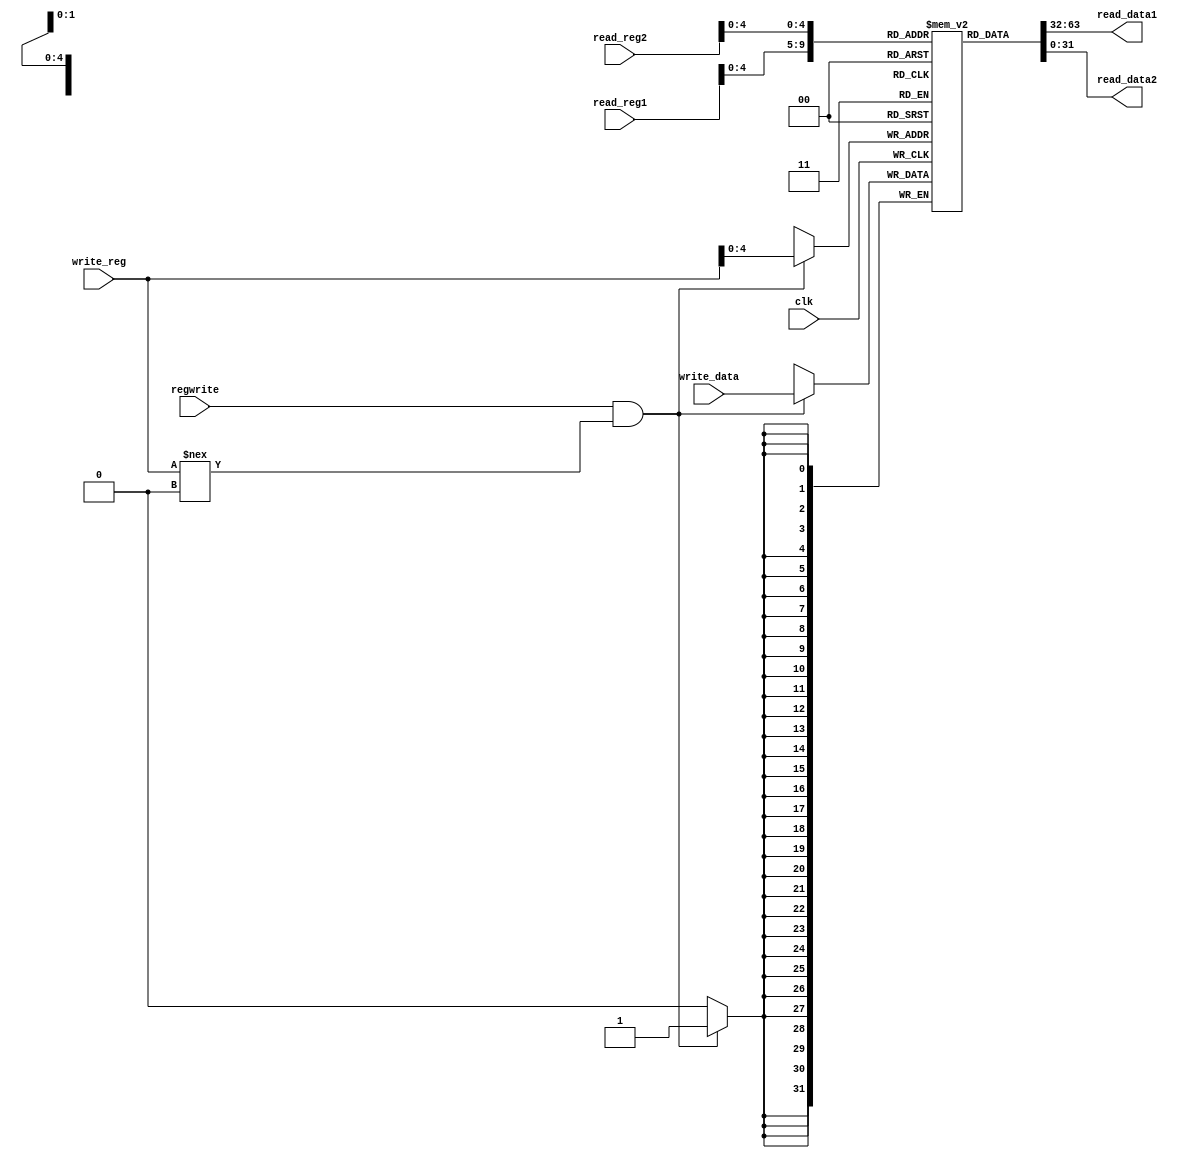
`timescale 1ns / 1ps
//////////////////////////////////////////////////////////////////////////////////
// Company: 
// Engineer: 
// 
// Design Name: 
// Module Name:    registerfile 
// Project Name: 
// Target Devices: 
// Tool versions: 
// Description: 
//
// Dependencies: 
//
// Revision: 
// Revision 0.01 - File Created
// Additional Comments: 
//
//////////////////////////////////////////////////////////////////////////////////
module registerfile(clk,regwrite,read_reg1,read_reg2,write_reg,write_data,read_data1,read_data2);
	input clk;
	input regwrite;
	input [5:0]read_reg1;
	input [5:0]read_reg2;
	input [5:0]write_reg;
	input [31:0]write_data;
	output [31:0]read_data1;
	output [31:0]read_data2;
	
	reg [31:0]registers[31:0];
	
	integer i;
	initial begin
		for(i=0;i<32;i=i+1)
			registers[i]=i; 
	end
	
	assign read_data1=registers[read_reg1];
	assign read_data2=registers[read_reg2];
	
	always @(posedge clk)begin
		if(regwrite && (write_reg !== 0))begin
			registers[write_reg]=write_data;
		end
	end
	
endmodule